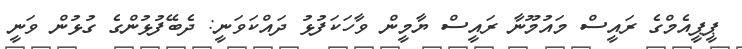
ޕީޕީއެމްގެ ރައީސް މައުމޫނާ ރައީސް ޔާމީން ވާހަކަފުޅު ދައްކަވަނީ: ދެބޭފުޅުންގެ ގުޅުން ވަނީ